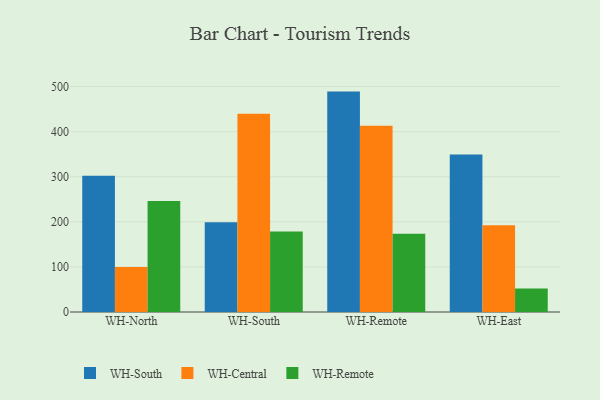
{"axis": {"x": "Warehouse", "y": "Temperature (°C)"}, "legend": ["WH-Central", "WH-Remote", "WH-South"], "data": [{"x": "WH-North", "y": 302.4, "type": "WH-South"}, {"x": "WH-North", "y": 99.7, "type": "WH-Central"}, {"x": "WH-North", "y": 246.3, "type": "WH-Remote"}, {"x": "WH-South", "y": 199.0, "type": "WH-South"}, {"x": "WH-South", "y": 439.8, "type": "WH-Central"}, {"x": "WH-South", "y": 178.4, "type": "WH-Remote"}, {"x": "WH-Remote", "y": 489.0, "type": "WH-South"}, {"x": "WH-Remote", "y": 413.0, "type": "WH-Central"}, {"x": "WH-Remote", "y": 173.7, "type": "WH-Remote"}, {"x": "WH-East", "y": 349.4, "type": "WH-South"}, {"x": "WH-East", "y": 192.5, "type": "WH-Central"}, {"x": "WH-East", "y": 52.0, "type": "WH-Remote"}]}